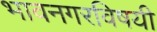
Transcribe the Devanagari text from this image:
भावनगरविषयी